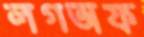
লগঅফ